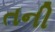
તની